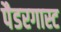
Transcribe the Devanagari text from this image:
पैडरगास्ट